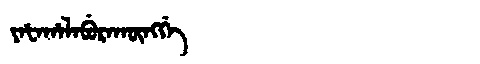
Manchu: ᠶᠠᡶᠠᡥᠠᠯᠠᠪᡠᡵᠠᡴᡡᠩᡤᡝ
Romanization: YAFAHALABURAKŪNGGE